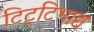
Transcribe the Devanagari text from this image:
टिट्‌टिभाद्य